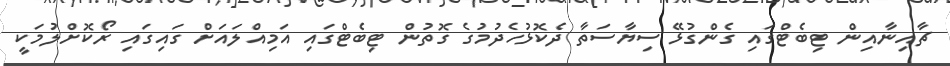
ޗާއިނާއިން ޓިބެޓްގައި ގެންގުޅޭ ސިޔާސަތާ ދެކޮޅުހެދުމުގެ ގޮތުން ޓިބެޓްގައި އަމިއްލައަށް ގައިގައި ރޯކޮށްލުމަކީ